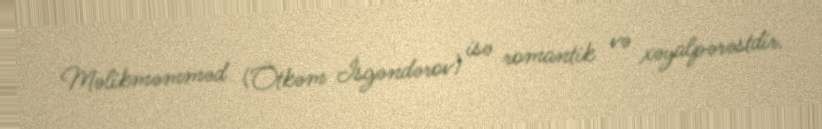
Məlikməmməd (Ötkəm İsgəndərov) isə romantik və xəyalpərəstdir.